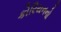
કોરિયનનો